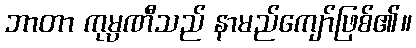
ဘာတာ ကုမ္ပဏီသည် နာမည်ကျော်ဖြစ်၏။